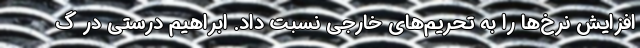
افزایش‌ نرخ‌ها را به تحریم‌های خارجی نسبت داد. ابراهیم درستی در گ